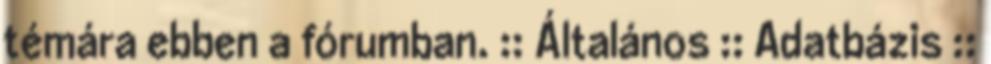
témára ebben a fórumban. :: Általános :: Adatbázis ::